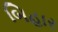
બિહાર